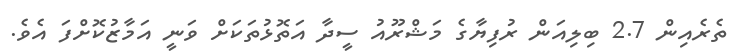
ތެރެއިން 2.7 ބިލިއަން ރުފިޔާގެ މަޝްރޫއު ސީދާ އަތޮޅުތަކަށް ވަނީ އަމާޒުކޮށްފަ އެވެ.